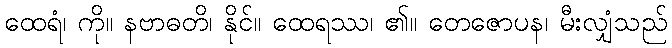
ထေရံ၊ ကို။ နဗာဓတိ၊ နိုင်။ ထေရဿ၊ ၏။ တေဇောပန၊ မီးလျှံသည်